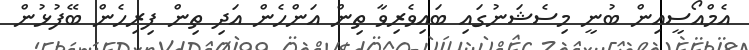
އެމްއޯސީއިން ބުނީ މިސެޝަނުގައި ބައިވެރިވާ ތިން އަންހެން އަދި ތިން ފިރިހެން ބޭފުޅުން